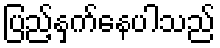
ပြည့်နှက်နေပါသည်